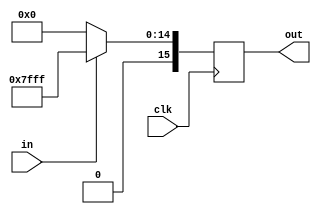
`timescale 100ns / 1ns

module bit_to_sfix16_En15 (
    input wire clk,
    input wire in,
    output reg signed [15:0] out
);

always @(posedge clk) begin
    if (in == 1'b0) begin
        out <= 16'b0;  // 0.000000000000000 in sfix16_En15 format
    end else begin
        out <= 16'd65535 >> 1;  // 1.000000000000000 in sfix16_En15 format
    end
end

endmodule